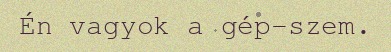
Én vagyok a gép-szem.